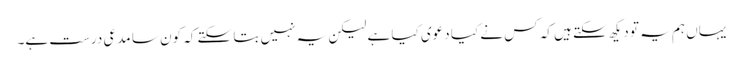
یہاں ہم یہ تو دیکھ سکتے ہیں کہ کس نے کیا دعوی کیا ہے لیکن یہ نہیں بتا سکتے کہ کون سا مدعی درست ہے۔